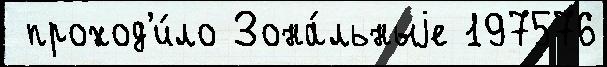
 проход'и́ло Зона́льныjе 197576